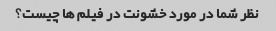
نظر شما در مورد خشونت در فیلم ها چیست؟